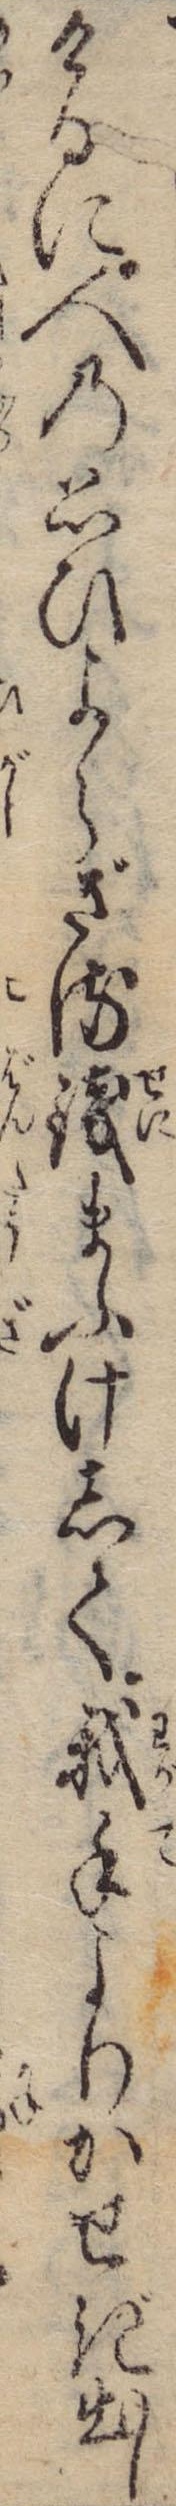
けるに人の思ひよらざる銭まふけして我手よりかせぎ出し